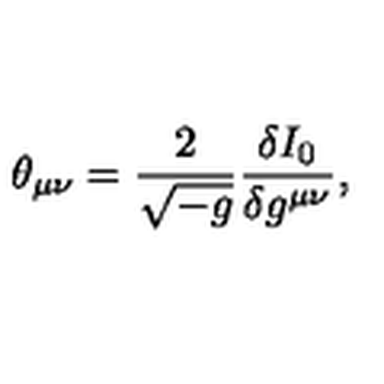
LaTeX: \theta _ { \mu \nu } = \frac { 2 } { \sqrt { - g } } \frac { \delta I _ { 0 } } { \delta g ^ { \mu \nu } } ,